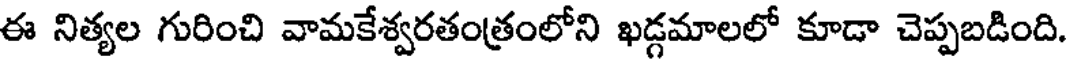
ఈ నిత్యల గురించి వామకేశ్వరతంత్రంలోని ఖడ్గమాలలో కూడా చెప్పబడింది.